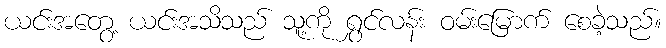
ယင်းအတွေ့ ယင်းအသိသည် သူ့ကို ရွှင်လန်း ဝမ်းမြောက် စေခဲ့သည်။